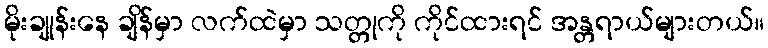
မိုးချုန်းနေ ချိန်မှာ လက်ထဲမှာ သတ္တုကို ကိုင်ထားရင် အန္တရာယ်များတယ်။